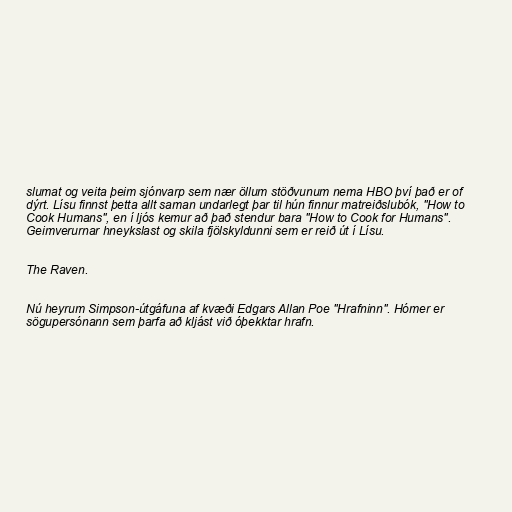
slumat og veita þeim sjónvarp sem nær öllum stöðvunum nema HBO því það er of
dýrt. Lísu finnst þetta allt saman undarlegt þar til hún finnur matreiðslubók, "How to
Cook Humans", en í ljós kemur að það stendur bara "How to Cook for Humans".
Geimverurnar hneykslast og skila fjölskyldunni sem er reið út í Lísu.

The Raven.

Nú heyrum Simpson-útgáfuna af kvæði Edgars Allan Poe "Hrafninn". Hómer er
sögupersónann sem þarfa að kljást við óþekktar hrafn.